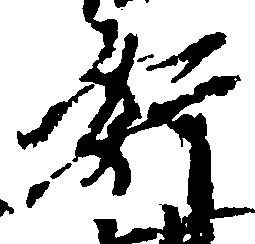
奸